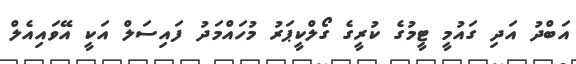
އަބްދު އަދި ގައުމީ ޓީމުގެ ކުރީގެ ގޯލްކީޕަރު މުހައްމަދު ފައިސަލް އަކީ އޭވައިއެލް